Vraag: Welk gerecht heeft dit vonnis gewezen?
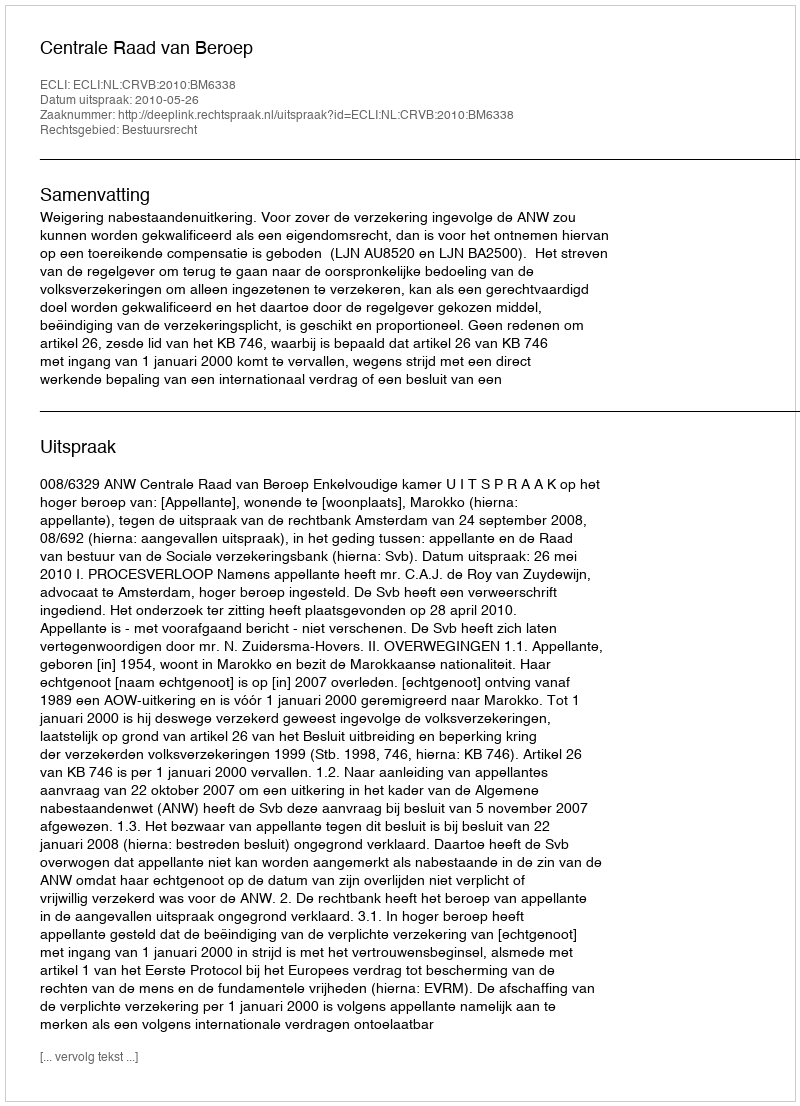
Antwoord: Centrale Raad van Beroep